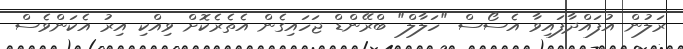
ރަލުން އުފައްދާފައިވާ އެސޯސް "ހަލާލް" ބްރޭންޑް ޖަހައިގެން އެތެރެކޮށް ވިއްކި އިރު އެކަންވެސް